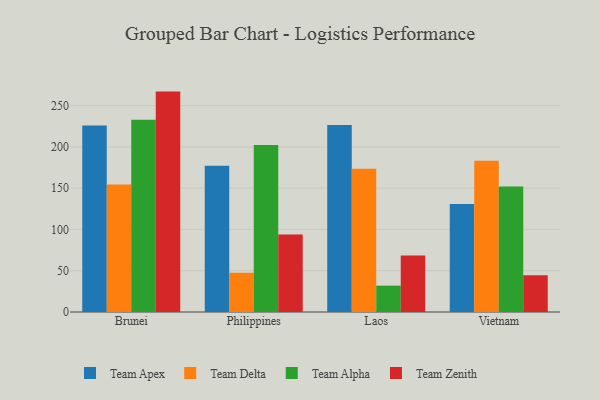
{"axis": {"x": "Country", "y": "Population (Million)"}, "legend": ["Team Alpha", "Team Apex", "Team Delta", "Team Zenith"], "data": [{"x": "Brunei", "y": 226.0, "type": "Team Apex"}, {"x": "Brunei", "y": 154.4, "type": "Team Delta"}, {"x": "Brunei", "y": 233.0, "type": "Team Alpha"}, {"x": "Brunei", "y": 267.0, "type": "Team Zenith"}, {"x": "Philippines", "y": 177.3, "type": "Team Apex"}, {"x": "Philippines", "y": 47.7, "type": "Team Delta"}, {"x": "Philippines", "y": 202.3, "type": "Team Alpha"}, {"x": "Philippines", "y": 93.9, "type": "Team Zenith"}, {"x": "Laos", "y": 226.4, "type": "Team Apex"}, {"x": "Laos", "y": 173.5, "type": "Team Delta"}, {"x": "Laos", "y": 31.9, "type": "Team Alpha"}, {"x": "Laos", "y": 68.3, "type": "Team Zenith"}, {"x": "Vietnam", "y": 130.9, "type": "Team Apex"}, {"x": "Vietnam", "y": 183.3, "type": "Team Delta"}, {"x": "Vietnam", "y": 152.0, "type": "Team Alpha"}, {"x": "Vietnam", "y": 44.4, "type": "Team Zenith"}]}